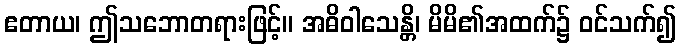
ဧတာယ၊ ဤသဘောတရားဖြင့်။ အဓိဝါသေန္တိ၊ မိမိ၏အထက်၌ ဝင်သက်၍